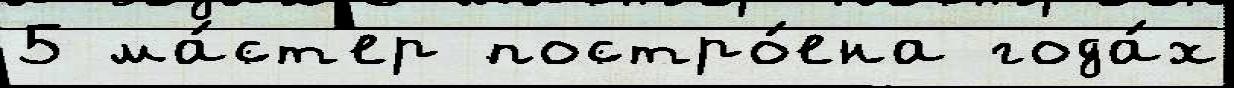
5 ма́ст'ер постро́ена года́х